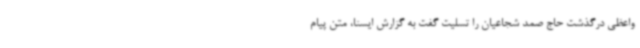
واعظی درگذشت حاج صمد شجاعیان را تسلیت گفت به گزارش ایسنا، متن پیام